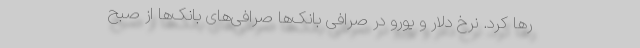
رها کرد. نرخ دلار و یورو در صرافی بانک‌ها صرافی‌های بانک‌ها از صبح